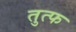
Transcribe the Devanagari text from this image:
तुत्फ